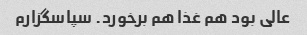
عالی بود هم غذا هم برخورد. سپاسگزارم